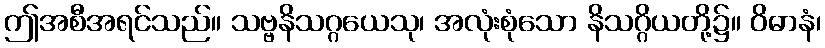
ဤအစီအရင်သည်။ သဗ္ဗနိသဂ္ဂယေသု၊ အလုံးစုံသော နိသဂ္ဂိယတို့၌။ ဝိဓာနံ၊